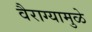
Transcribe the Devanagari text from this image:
वैराग्यामुळे